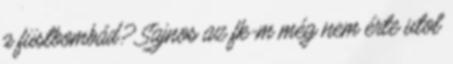
a füstbombád? Sajnos az fk-m még nem érte utol